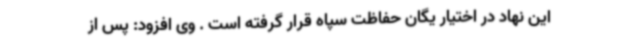
این نهاد در اختیار یگان حفاظت سپاه قرار گرفته است . وی افزود: پس از